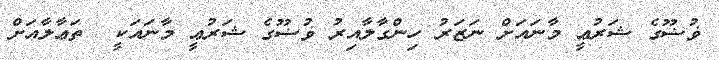
ޥުޟޫގެ ޝަރުޢީ މާނައަށް ނަޒަރު ހިންގާލާއިރު ޥުޟޫގެ ޝަރުޢީ މާނައަކީ  ތަޢާލާއަށް